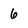
Character: 6